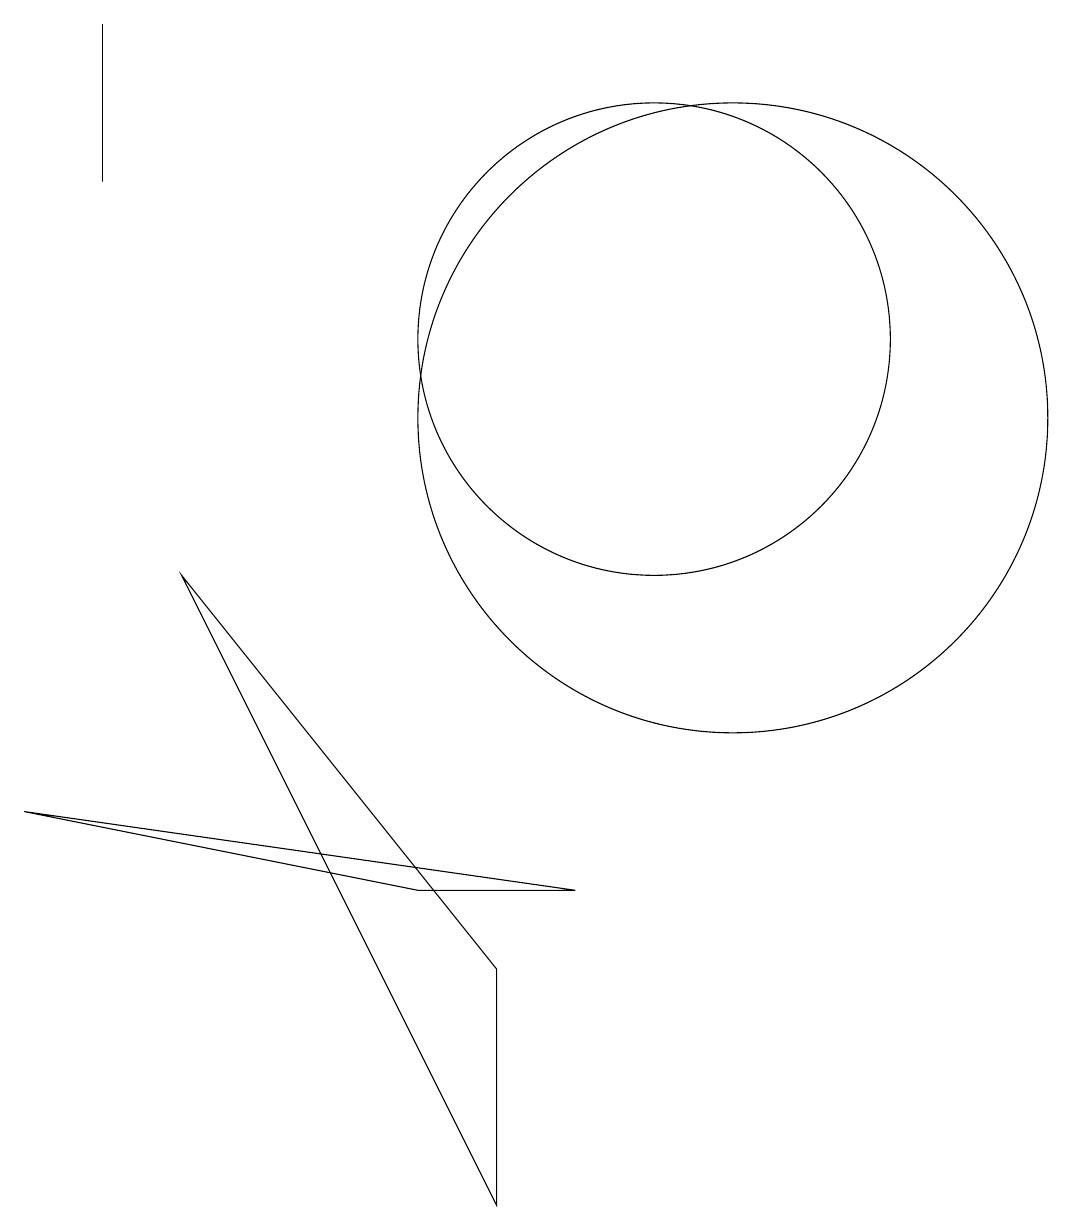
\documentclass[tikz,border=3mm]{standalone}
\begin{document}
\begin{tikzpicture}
\draw (3,16) rectangle (3,14);
\draw (8,4) -- (8,1) -- (4,9) -- cycle;
\draw (11,10) circle (0);
\draw (6,16) rectangle (6,16);
\draw (7,5) -- (2,6) -- (9,5) -- cycle;
\draw (11,11) circle (4);
\draw (10,12) circle (3);
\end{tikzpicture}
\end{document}